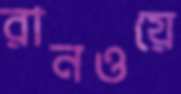
রানওয়ে